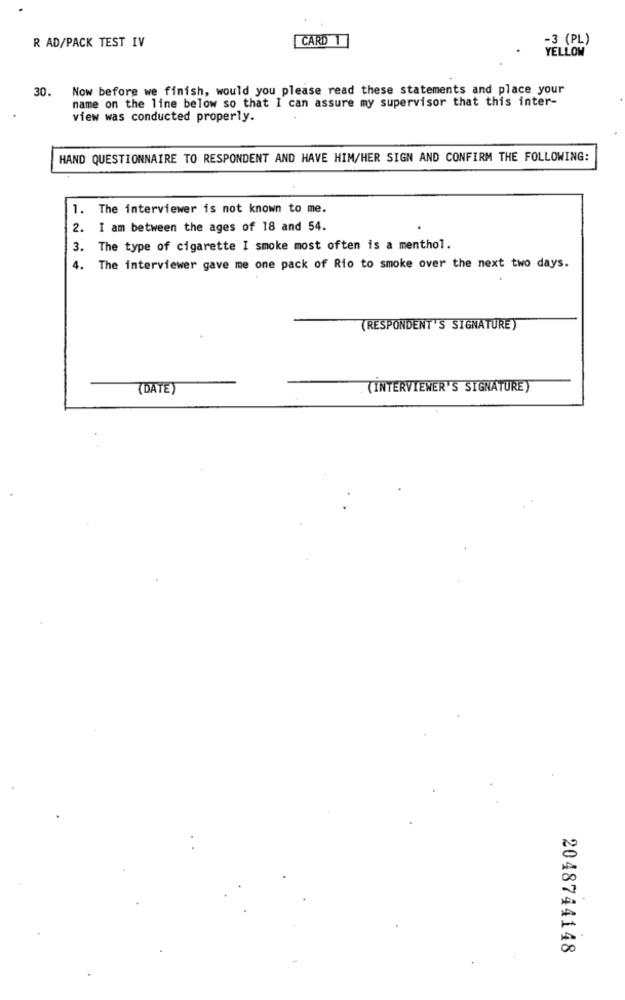
R AD/PACK TEST IV
CARD 1
-3 (PL)
YELLOW
30. Now before we finish, would you please read these statements and place your
name on the line below so that I can assure my supervisor that this inter-
view was conducted properly.
HAND QUESTIONNAIRE TO RESPONDENT AND HAVE HIM/HER SIGN AND CONFIRM THE FOLLOWING:
1. The interviewer is not known to me.
2. I am between the ages of 18 and 54.
3. The type of cigarette I smoke most often is a menthol.
4. The interviewer gave me one pack of Rio to smoke over the next two days.
(RESPONDENT'S SIGNATURE )
(DATE)
(INTERVIEWER'S SIGNATURE)
2048744148